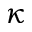
\kappa